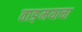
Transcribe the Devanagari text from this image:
वाङ़मयाचा